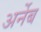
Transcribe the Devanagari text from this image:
अर्नेब